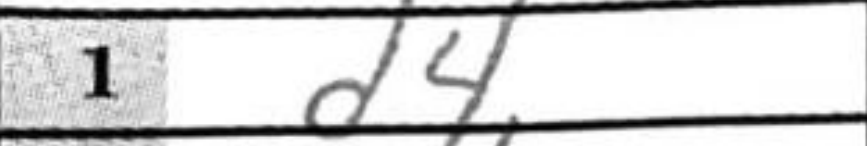
Transcription: d4